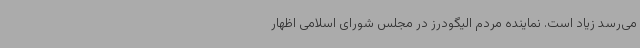
می‌رسد زیاد است. نماینده مردم الیگودرز در مجلس شورای اسلامی اظهار